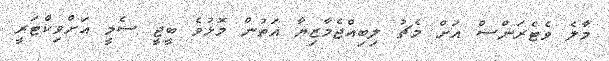
މާލެ ވެޓެރަންސް އަށް މެޗު ލިބިއްޖެމާޒިޔާ އަތުން މޮޅުވެ ބީޖީ ސެމީ އަށްވިކްޓަރީ